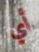
أي